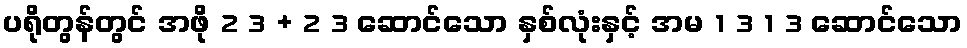
ပရိုတွန်တွင် အဖို 2 3 + 2 3 ဆောင်သော နှစ်လုံးနှင့် အမ 1 3 1 3 ဆောင်သော